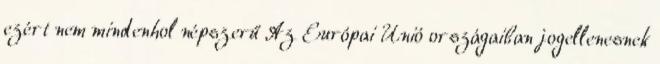
ezért nem mindenhol népszerű Az Európai Unió országaiban jogellenesnek